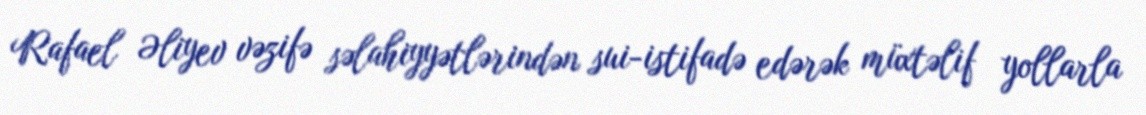
Rafael Əliyev vəzifə səlahiyyətlərindən sui-istifadə edərək müxtəlif yollarla